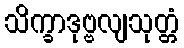
သိက္ခာဒုဗ္ဗလျသုတ္တံ